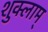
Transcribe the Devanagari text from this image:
शुक्लाम्